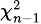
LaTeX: \scriptstyle\chi_{n-1}^{2}